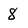
Character: 8